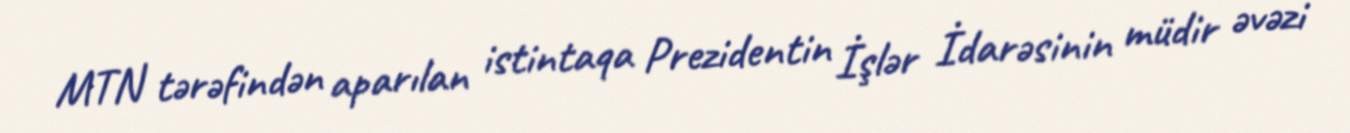
MTN tərəfindən aparılan istintaqa Prezidentin İşlər İdarəsinin müdir əvəzi